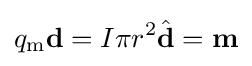
q_{\text{m}}\mathbf {d} =I\pi r^{2}{\hat {\mathbf {d} }}=\mathbf {m}